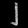
Digit: ၂